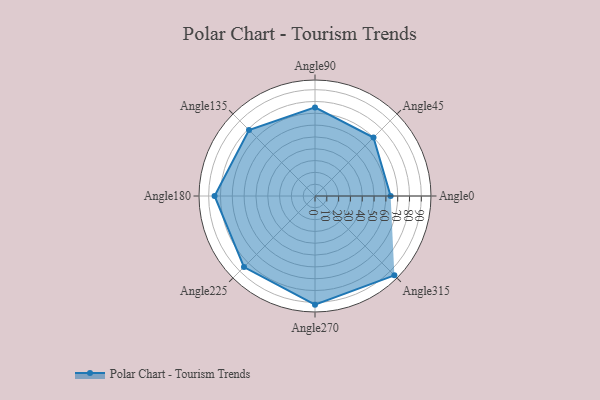
{"axis": {"x": "Angle", "y": "Radius"}, "legend": [""], "data": [{"x": "Angle0", "y": 64.0, "type": ""}, {"x": "Angle45", "y": 70.0, "type": ""}, {"x": "Angle90", "y": 75.0, "type": ""}, {"x": "Angle135", "y": 79.0, "type": ""}, {"x": "Angle180", "y": 85.0, "type": ""}, {"x": "Angle225", "y": 85.0, "type": ""}, {"x": "Angle270", "y": 92.0, "type": ""}, {"x": "Angle315", "y": 95.0, "type": ""}]}